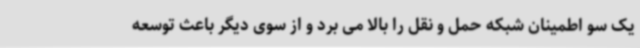
یک سو اطمینان شبکه حمل و نقل را بالا می برد و از سوی دیگر باعث توسعه